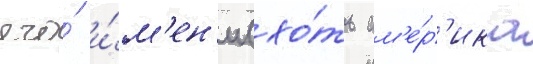
его́ и́м'ен'и (хо́ть ам'е́р'ика